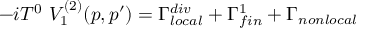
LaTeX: - i T ^ { 0 } \, \, V _ { 1 } ^ { ( 2 ) } ( p , p ^ { \prime } ) = \Gamma _ { l o c a l } ^ { d i v } + \Gamma _ { f i n } ^ { 1 } + \Gamma _ { n o n l o c a l }